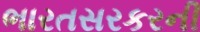
ભારતસરકરની